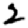
Digit: 2